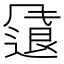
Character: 𫗂